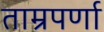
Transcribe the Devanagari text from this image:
ताम्रपर्णा